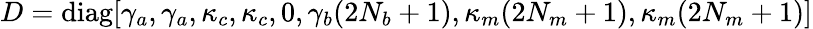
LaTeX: D=\mathrm{diag}[\gamma_{a},\gamma_{a},\kappa_{c},\kappa_{c},0,\gamma_{b}(2N_{b}+1),\kappa_{m}(2N_{m}+1),\kappa_{m}(2N_{m}+1)]